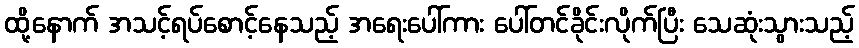
ထို့နောက် အသင့်ရပ်စောင့်နေသည့် အရေးပေါ်ကား ပေါ်တင်ခိုင်းလိုက်ပြီး သေဆုံးသွားသည့်